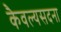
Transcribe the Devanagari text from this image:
कैवल्यसदना